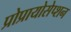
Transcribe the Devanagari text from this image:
प्रोप्रायोसेप्शन